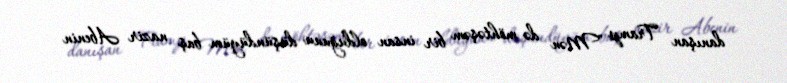
danışan Tramp "Mən də möhtəşəm bir insan olduğunu düşündüyüm baş nazir Abenin